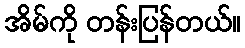
အိမ်ကို တန်းပြန်တယ်။